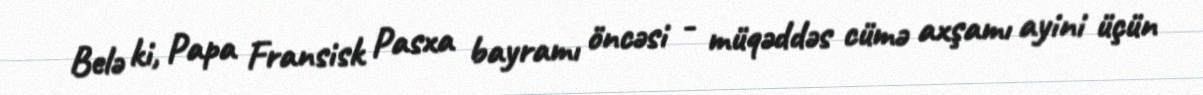
Belə ki, Papa Fransisk Pasxa bayramı öncəsi - müqəddəs cümə axşamı ayini üçün